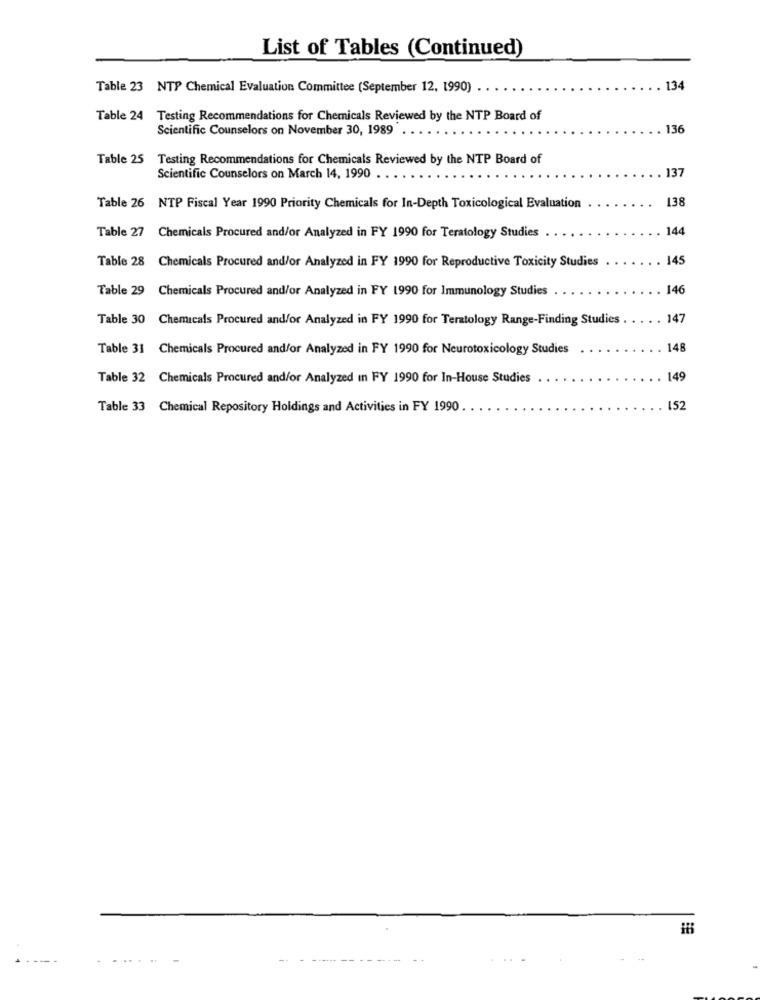
List of Tables (Continued)
Table 23 NTP Chemical Evaluation Committee (September 12, 1990)
134
Table 24 Testing Recommendations for Chemicals Reviewed by the NTP Board of
Scientific Counselors on November 30, 1989
136
Table 25
Testing Recommendations for Chemicals Reviewed by the NTP Board of
137
Scientific Counselors on March 14, 1990
138
Table 26 NTP Fiscal Year 1990 Priority Chemicals for In-Depth Toxicological Evaluation
Table 27 Chemicals Procured and/or Analyzed in FY 1990 for Teratology Studies
144
Table 28 Chemicals Procured and/or Analyzed in FY 1990 for Reproductive Toxicity Studies
145
Table 29 Chemicals Procured and/or Analyzed in FY 1990 for Immunology Studies
146
Table 30 Chemicals Procured and/or Analyzed in FY 1990 for Teratology Range-Finding Studies
147
Table 31 Chemicals Procured and/or Analyzed in FY 1990 for Neurotoxicology Studies
146
Table 32 Chemicals Procured and/or Analyzed in FY 1990 for In-House Studies
.149
Table 33 Chemical Repository Holdings and Activities in FY 1990 .
152